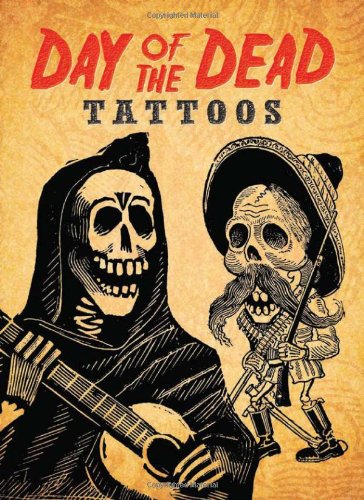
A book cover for Day of the Dead Tattoos (Dover Tattoos); Dover; Arts & Photography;